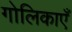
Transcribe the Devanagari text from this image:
गोलिकाएँ